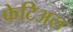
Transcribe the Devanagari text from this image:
फेटिअल